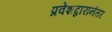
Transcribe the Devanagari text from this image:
प्रवेशद्वारानंतर